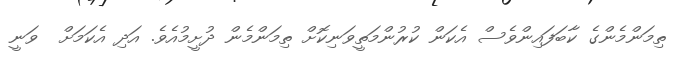
ތިމަންމެންގެ ކާބަފައިންވެސް އެކަން ކުރުންމަތީވަނިކޮށް ތިމަންމެން ދުށީމުއެވެ. އަދި އެކަމަށް  ވަނީ